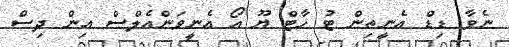
ނެވާ ޑިޑް އެނީތިން ޓު ހާޓް ޔޫ އޯ އެނީވަންއެލްސް އިން ދިސް